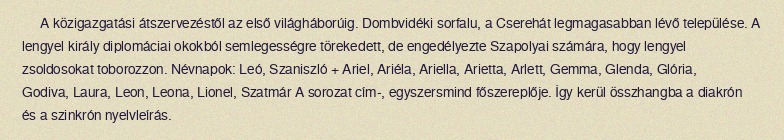
A közigazgatási átszervezéstől az első világháborúig. Dombvidéki sorfalu, a Cserehát legmagasabban lévő települése. A lengyel király diplomáciai okokból semlegességre törekedett, de engedélyezte Szapolyai számára, hogy lengyel zsoldosokat toborozzon. Névnapok: Leó, Szaniszló + Ariel, Ariéla, Ariella, Arietta, Arlett, Gemma, Glenda, Glória, Godiva, Laura, Leon, Leona, Lionel, Szatmár A sorozat cím-, egyszersmind főszereplője. Így kerül összhangba a diakrón és a szinkrón nyelvleírás.